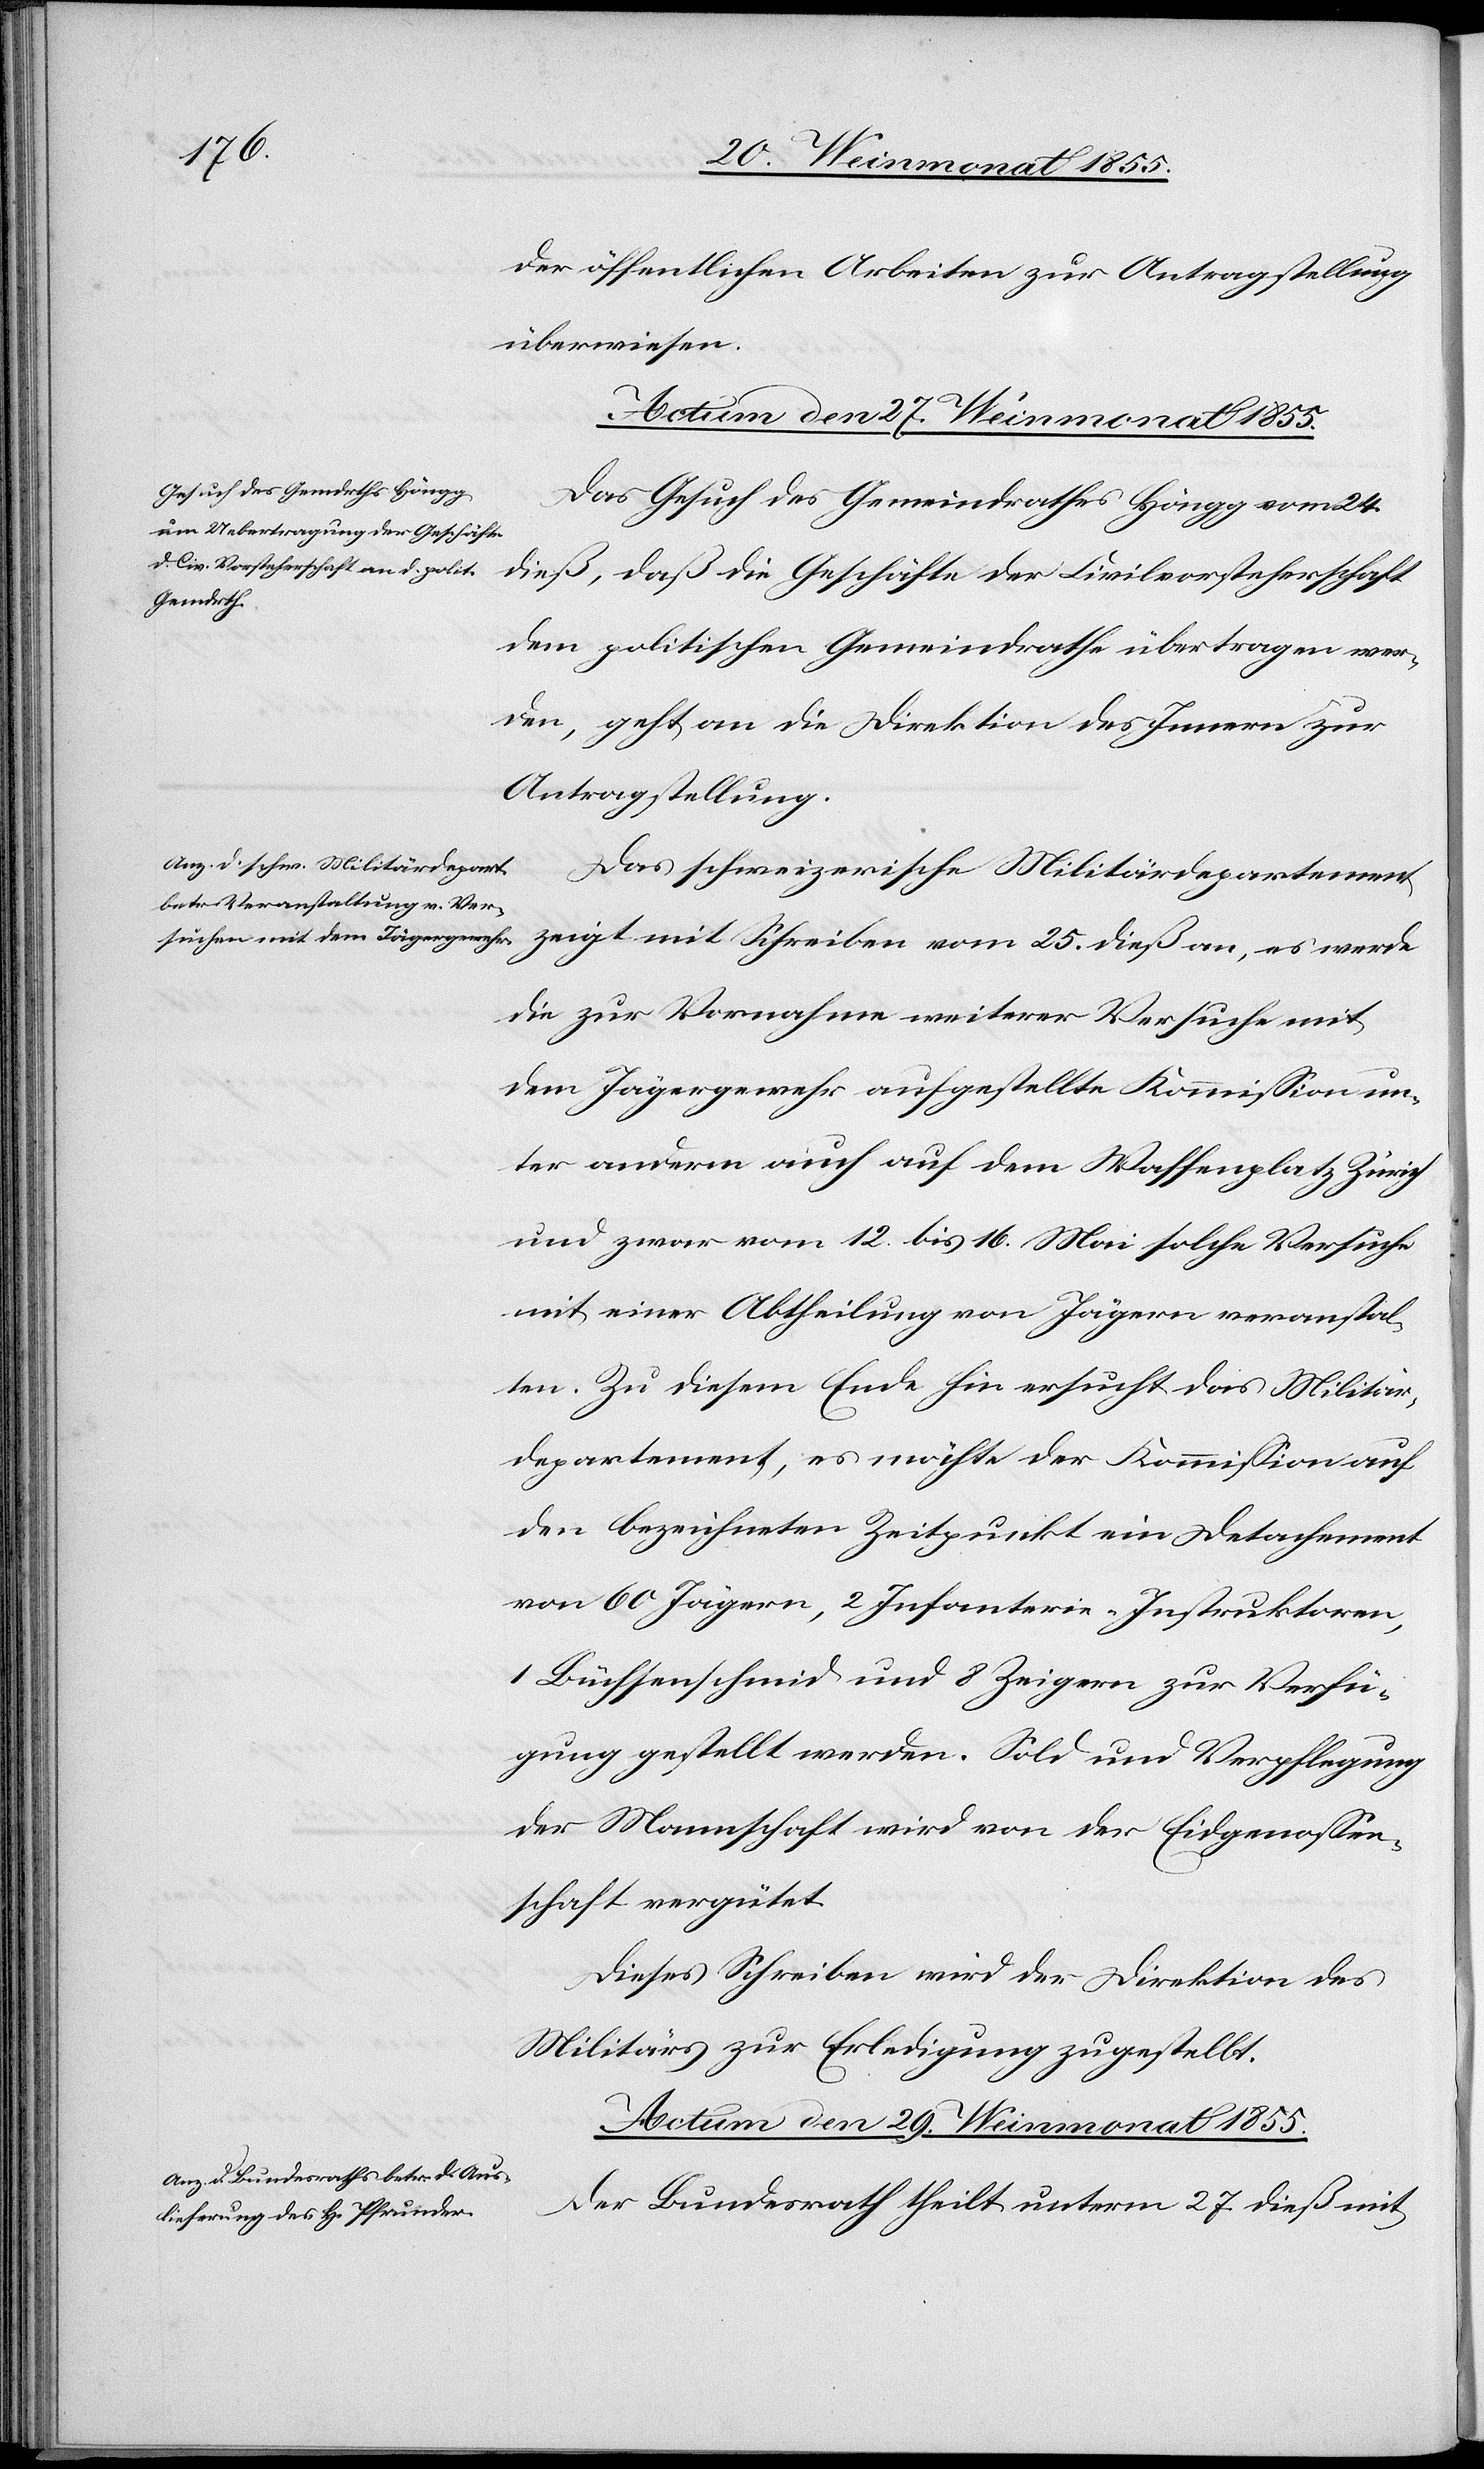
der öffentlichen Arbeiten zur Antragstellung
überwiesen.
Actum den 27. Weinmonat 1855.]
Das Gesuch des Gemeindrathes Höngg vom 24.
dieß, daß die Geschäfte der Civilvorsteherschaft
dem politischen Gemeindrathe übertragen wer¬
den, geht an die Direktion des Innern zur
Antragstellung.
Das schweizerische Militärdepartement
die zur Vornahme weiterer Versuche mit
dem Jägergewehr aufgestellte Kommission un¬
ter anderm auch auf dem Waffenplatz Zürich
und zwar vom 12. bis 16. Mai solche Versuche
mit einer Abtheilung von Jägern veranstal¬
ten. Zu diesem Ende hin ersucht das Militär¬
departement, es möchte der Kommission auf
den bezeichneten Zeitpunkt ein Detachement
von 60 Jägern, 2 Infanterie-Instruktoren,
1 Büchsenschmid und 8 Zeigern zur Verfü¬
gung gestellt werden. Sold und Verpflegung
der Mannschaft wird von der Eidgenossen¬
schaft vergütet.
Dieses Schreiben wird der Direktion des
Militärs zur Erledigung zugestellt.
Actum den 29. Weinmonat 1855.
Der Bundesrath theilt unterm 27. dieß mit,